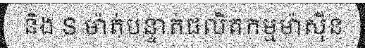
និង S ម៉ាត់បន្ទាត់ផលិតកម្មម៉ាស៊ីន